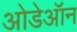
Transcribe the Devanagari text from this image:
ओडेऑन